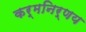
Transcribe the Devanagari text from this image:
कर्मनिर्णय